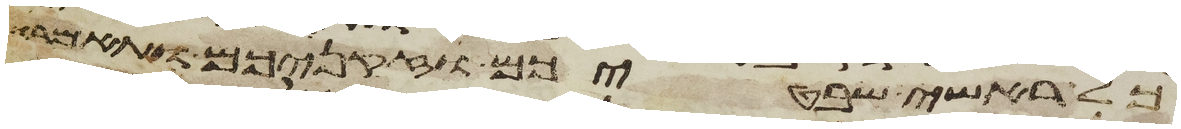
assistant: כל ראשי שבטיכם וזקניכם ותאמרו